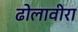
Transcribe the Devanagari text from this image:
ढोलावीरा